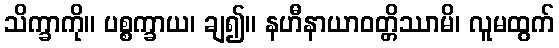
သိက္ခာကို။ ပစ္စက္ခာယ၊ ချ၍။ နဟီနာယာဝတ္တိဿာမိ၊ လူမထွက်